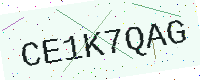
Text: CE1K7QAG